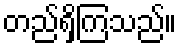
တည်ရှိကြသည်။